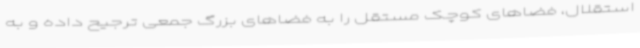
استقلال، فضاهای کوچک مستقل را به فضاهای بزرگ جمعی ترجیح داده و به